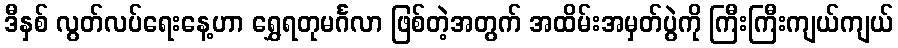
ဒီနှစ် လွတ်လပ်ရေးနေ့ဟာ ရွှေရတုမင်္ဂလာ ဖြစ်တဲ့အတွက် အထိမ်းအမှတ်ပွဲကို ကြီးကြီးကျယ်ကျယ်